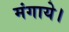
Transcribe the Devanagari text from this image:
मंगाये।